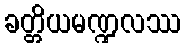
ခတ္တိယမဏ္ဍလဿ